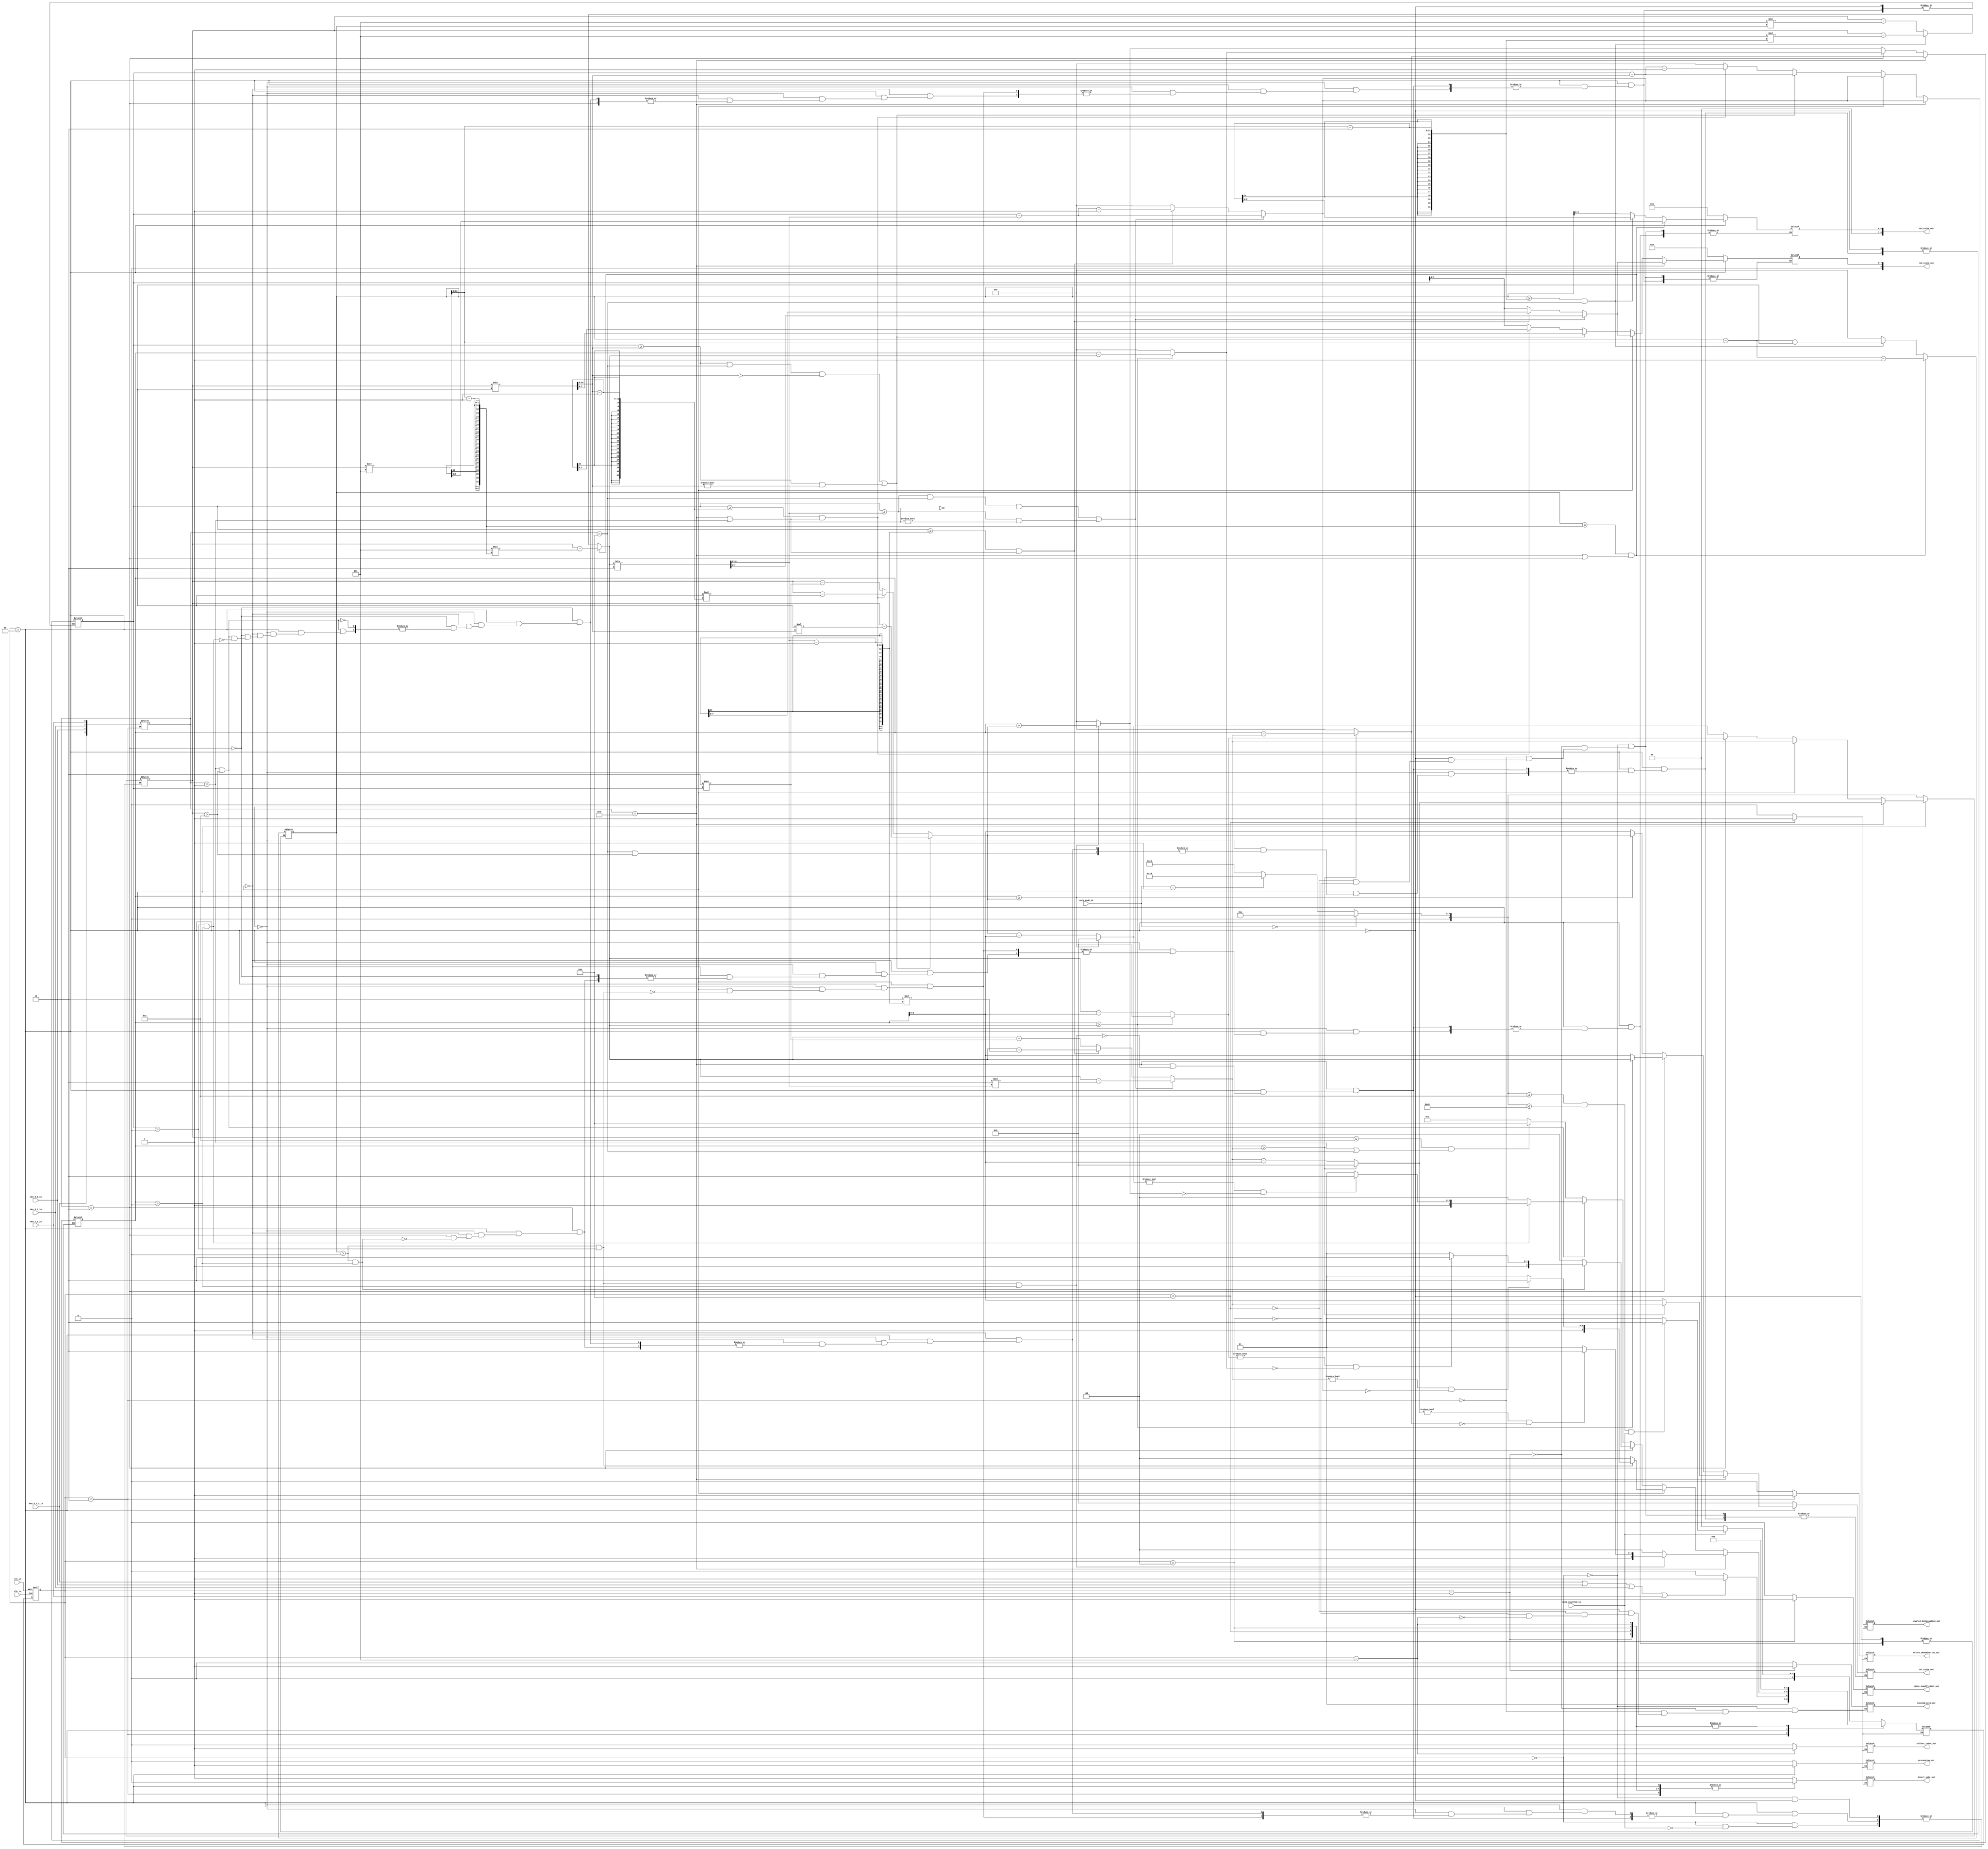
//			---------------------------- COIN DISPENSER DESIGN MODULE -----------------------------------

module coin_dispenser_fsm#(	parameter s_reset		= 3'd0,	//Parameter declaration and Assignment of States
				parameter s_invalid_note	= 3'd1,	// States are assigned using Binary code
				parameter s_sel_den		= 3'd2,
				parameter s_processing		= 3'd3,
				parameter s_invalid_denomination= 3'd4,
				parameter s_collect_coins	= 3'd5,
				parameter s_coins_insufficient 	= 3'd6)
			(output insert_note_out,			//Declaration of outputs
			 output [8:0]rs5_coins_out,
			 output [8:0]rs2_coins_out,
			 output [8:0]rs1_coins_out,
			 output invalid_note_out,
			 output select_denomination_out,
			 output invalid_denomination_out,
			 output processing_out,
			 output collect_coins_out,
			 output coins_insufficient_out,
			 input clk_in,					//Declaration of outputs
			 input rst_in,
			 input note_inserted_in,
			 input [2:0]note_code_in,
			 input den_5_2_1_in,
			 input den_5_2_in,
			 input den_5_1_in,
			 input den_2_1_in);
function [26:0]func_rs5;					// function defination of func_rs5
	input [3:0]den_code_func_rs5;				// Denomination selection code
	input [8:0]note_value_func_rs5;				// Note value
	input [10:0]rs5_coins_count_func_rs5;			// number of Rs.5 coins to dispense
	reg [10:0]quotient;					// declaration of required registers
	begin
		quotient = note_value_func_rs5/5;		// To find max number of Rs.5 coins to dispense for given note

		//if denomination is asked in terms of Rs.5, Rs.2 & Rs.1 or Rs.5 & Rs.1
		if(rs5_coins_count_func_rs5 >= (quotient - 1) && (den_code_func_rs5 == 4'b1000 || den_code_func_rs5 == 4'b0010))
		begin
			func_rs5[26:18] = (note_value_func_rs5 - (5*(quotient-1)));	// Leaves Rs.5 to dispense interms of Rs.2 & Rs.1
			func_rs5[17:11] = quotient -1;					// Number of Rs.5 coins to be dispensed
			func_rs5[10:0] = rs5_coins_count_func_rs5 - quotient -1;	// deducting dispensed coins from stack of Rs.5 coins	
		end

		//if denomination is asked in terms of Rs.5 & Rs.2
		else if((rs5_coins_count_func_rs5 >= (quotient - 2)) && den_code_func_rs5 == 4'b0100)
		begin
			func_rs5[26:18] = (note_value_func_rs5 - (5*(quotient - 2)));	// Leave Rs.10 to dispense interms of Rs.2
			func_rs5[17:11] = quotient  - 2;				// Number of Rs.5 coins to be dispensed
			func_rs5[10:0] = rs5_coins_count_func_rs5 - quotient - 2;	// deducting dispensed coins from stack of Rs.5 coins
		end

		// if rs.5 coins are insufficient to dispense max value of coins. Rest of the value needed to be given in denominations of Rs.2 or Rs.1
		else
		begin
			func_rs5[26:18] = (note_value_func_rs5 - (5 * rs5_coins_count_func_rs5));	// Leaves values based on available Rs.5 Coins
			func_rs5[17:11] = rs5_coins_count_func_rs5;					// dispenses all rest of rs.5 coins
			func_rs5[10:0] = 0;								// Stack of Rs.5 coins will be Zero
		end
	end
endfunction

function [27:0]func_rs2;
	input [3:0]den_code_func_rs2;				// Denomination selection code
	input [8:0]note_value_func_rs2;				// Note value
	input [10:0]rs2_coins_count_func_rs2;			// number of Rs.2 coins to dispense
	reg [10:0]quotient;					// declaration of required registers
	reg [10:0]rem;
	begin
		quotient= note_value_func_rs2/2;		// Finds max number of Rs.2 coins to dispense for given note
		rem = note_value_func_rs2/2;			// Finds any value remains, if max number of Rs.2 coins are dispensed based on note

		// if denomination is asked in Rs.5 & Rs.2 or if leaves any remainder after dispensing max number of Rs.2 coins
		if(((rs2_coins_count_func_rs2 >= quotient) && (den_code_func_rs2 == 4'b0100) && rem==0) || ((rs2_coins_count_func_rs2 >= quotient) && rem != 0))
		begin
			func_rs2[27:19] = (note_value_func_rs2 - (2*quotient));		// Leaves note_value to dispense in terms of Rs.1 if deomination not asked in Rs.5 & Rs.2
			func_rs2[18:11] = quotient;					// Number of Rs.2 coins to be dispensed
			func_rs2[10:0] = rs2_coins_count_func_rs2 - quotient;		// Deducting dispensed coins from stack of Rs.2 coins
		end

		// if denomination is asked in Rs.5, Rs.2 & Rs.1 or in Rs.2 & Rs.1
		else if(rs2_coins_count_func_rs2 >= (quotient-1) && (den_code_func_rs2 == 4'b1000 || den_code_func_rs2 == 4'b0001))
		begin
			func_rs2[27:19] = (note_value_func_rs2 - (2*(quotient-1)));	// Leave Rs.1 to dispense interms of Rs.1
			func_rs2[18:11] = quotient -1;					// Number of Rs.2 coins to be dispensed
			func_rs2[10:0] = rs2_coins_count_func_rs2 - quotient -1;	// Deducting dispensed coins from stack of Rs.2 coins
		end

		else
		// if rs.2 coins are insufficient to dispense max value of coins. Rest of the value needed to be given in denominations of Rs.1
		begin
			func_rs2[27:19] = (note_value_func_rs2 - (2 * rs2_coins_count_func_rs2));	// Leaves value based on available Rs.2 Coins
			func_rs2[18:11] = rs2_coins_count_func_rs2;					// dispenses all rest of Rs.2 coins
			func_rs2[10:0] = 0;								// Stack of Rs.2 coins will be Zero
		end
	end
endfunction

function [28:0]func_rs1;
	input [3:0]den_code_func_rs1;
	input [8:0]note_value_func_rs1;
	input [10:0]rs1_coins_count_func_rs1;

	//if number of Rs.1 coins in stack are sufficent to dispense rest of note value
	if(rs1_coins_count_func_rs1 >= note_value_func_rs1)
	begin
		func_rs1[28:20] = 0;							//Note value will be zero
		func_rs1[19:11] = note_value_func_rs1;					// Number of Rs.1 coins to be dispensed
		func_rs1[10:0] = rs1_coins_count_func_rs1 - note_value_func_rs1;	// Deducting dispensed coins from stack of Rs.1 coins
	end

	// if available Rs.1 coins are insufficient to dispense rest of note value
	else
	begin
		func_rs1[28:20] = note_value_func_rs1 - rs1_coins_count_func_rs1;	// Leave note value based on available Rs.1 coins
		func_rs1[19:11] = rs1_coins_count_func_rs1;				//Number of Rs.1 coins can be dispensed
		func_rs1[10:0] = 0;							// Stack of rs.1 coins will be Zero
	end 
endfunction

// Declaration of registers for output ports		
reg [8:0]note_value;
reg [3:0]den_code;
reg [6:0]rs5_coins;
reg [7:0]rs2_coins;
reg [8:0]rs1_coins;
reg insert_note,invalid_note,processing,collect_coins,coins_insufficient,select_denomination,invalid_denomination;
//Declaration of required registers
reg [2:0]ps,ns;			// ps - Present State, ns - Next State
reg [10:0]rs5_coins_count=500;	// Initialising stack of Rs.5 coins
reg [10:0]rs2_coins_count=500;	// Initialising stack of Rs.2 coins
reg [10:0]rs1_coins_count=500;	// Initialising stack of Rs.1 coins

// State Register
always@(posedge clk_in, negedge rst_in)
begin
	if(!rst_in)	ps<=s_reset;
	else		ps<=ns;
end

// Combinational Logic
always@(ps,note_inserted_in,note_code_in,den_5_2_1_in,den_5_2_in,den_5_1_in,den_2_1_in)
begin
	case(ps)
		s_reset:	begin						//Reset state
					rs5_coins		= 0;		// Assigning Values to outputs
					rs2_coins		= 0;
					rs1_coins		= 0;
					insert_note		= 1;		// Machine asks user to insert note
					invalid_note		= 0;
					select_denomination	= 0;
					processing		= 0;
					invalid_denomination	= 0;
					collect_coins		= 0;
					coins_insufficient	= 0;

				//if note is inserted by user into machine
					if(note_inserted_in == 1)		// Assiging different values for different note_codes
					begin								//	Code	-	Note value
						if(note_code_in == 000)		note_value = 10;	//	000	-	  Rs. 10
						else if(note_code_in == 001)	note_value = 20;	//	001	-	  Rs. 20
						else if(note_code_in == 010)	note_value = 50;	//	010	-	  Rs. 50
						else if(note_code_in == 011)	note_value = 100;	//	011	-	  Rs. 100
						else if(note_code_in == 100)	note_value = 200;	//	100	- 	  Rs. 200
						else				note_value = 201;	// rest of codes-	 > Rs.200

						// if note value is less than 200, then note is accepted and asks user fordenomination
							if(note_value >= 10 && note_value <= 200 && note_inserted_in==1)
								ns = s_sel_den;

						// if note value is greater than 200, then note is invalid
							else
								ns = s_invalid_note;
					end
				//if note is not inserted, machine will be in ready state still it receives a note
					else
						ns = s_reset;
			 	end
		s_invalid_note:	begin						// invalid note state
					rs5_coins		= 0;
					rs2_coins		= 0;
					rs1_coins		= 0;
					insert_note		= 0;
					invalid_note		= 1;		// Machine show invalid note, and return note back
					select_denomination	= 0;
					processing		= 0;
					invalid_denomination	= 0;
					collect_coins		= 0;
					coins_insufficient	= 0;
					ns=s_reset;				// After returning, Machine again goes to reset state resemble machine is ready
				end
		s_sel_den:	begin						// Denomination selection state
					rs5_coins		= 0;
					rs2_coins		= 0;
					rs1_coins		= 0;
					insert_note		= 0;
					invalid_note		= 0;
					select_denomination	= 1;		// if note is accepted, Machine asks for denomination selection
					processing		= 0;
					invalid_denomination	= 0;
					collect_coins		= 0;
					coins_insufficient	= 0;

					// Generation of code based on denimnation selection which will be make easy in further operations
					den_code = {den_5_2_1_in,den_5_2_in,den_5_1_in,den_2_1_in};

					// if any of denomination selected, Machine will go to processing state
					if(den_5_2_1_in== 1 || den_5_2_in == 1 || den_5_1_in == 1 || den_2_1_in == 1)
							ns=s_processing;

					// Machine will be asking for denomination selection until user selects denomination type.
					else
							ns=s_sel_den;
				end
		s_processing:	begin					// Processing State
					insert_note		= 0;
					invalid_note		= 0;
					select_denomination	= 0;
					processing		= 1;	// if user selects denomination, manchine acknowledge user - that it is processing.
					invalid_denomination	= 0;
					collect_coins		= 0;
					coins_insufficient	= 0;
					if(den_code == 4'b1000)		// if denomination asked in Rs.5, Rs.2 & Rs.1 coins
						begin
						//if machine has Rs.5, Rs.2 & Rs.1 coins
							if(rs5_coins_count > 0 && rs2_coins_count > 0 && rs1_coins_count > 0)
							begin
							// Invocation of Rs.5 Coins
								{note_value,rs5_coins,rs5_coins_count} = func_rs5(den_code,note_value,rs5_coins_count);
							// Invocation of Rs.2 Coins	
								{note_value,rs2_coins,rs2_coins_count} = func_rs2(den_code,note_value,rs2_coins_count);
							// Invocation of Rs.1 Coins
								{note_value,rs1_coins,rs1_coins_count} = func_rs1(den_code,note_value,rs1_coins_count);
								if(note_value != 0 && rs1_coins_count == 0)
									ns = s_coins_insufficient;
								else
									ns = s_collect_coins;
							end
						// if machine didn't have any of Rs.5, Rs.2, Rs.1 coins
							else
								ns = s_coins_insufficient;
						end
						else if(den_code == 4'b0100 && note_value > 10)	// if denomination asked in Rs.5 & Rs.2
						begin
							if(rs5_coins_count > 0 && rs2_coins_count >0)
							begin
							// Invocation of Rs.5 Coins
								{note_value,rs5_coins,rs5_coins_count} = func_rs5(den_code,note_value,rs5_coins_count);
							// Invocation of Rs.2 Coins
								{note_value,rs2_coins,rs2_coins_count} = func_rs2(den_code,note_value,rs2_coins_count);
								if(note_value != 0 && rs2_coins_count == 0)
									ns = s_coins_insufficient;
								else
									ns = s_collect_coins;
							end
						// if machine didn't have any of Rs.5, Rs.2 coins
							else
								ns = s_coins_insufficient;
						end
						else if(den_code == 4'b0010)			// if denomination asked in Rs.5 & Rs.1
						begin
							if(rs5_coins_count > 0 && rs1_coins_count > 0)
							begin
							// Invocation of Rs.5 Coins
								{note_value,rs5_coins,rs5_coins_count} = func_rs5(den_code,note_value,rs5_coins_count);
							// Invocation of Rs.1 Coins
								{note_value,rs1_coins,rs1_coins_count} = func_rs1(den_code,note_value,rs1_coins_count);
								if(note_value != 0 && rs1_coins_count == 0)
									ns = s_coins_insufficient;
								else
									ns = s_collect_coins;
							end
						// if machine didn't have any of Rs.5, Rs.1 coins
							else
								ns = s_coins_insufficient;
						end
						else if(den_code == 4'b0001 && note_value > 10)			// if denomination asked in Rs.2 & Rs.1
						begin
							if(rs2_coins_count > 0 && rs1_coins_count > 0)
							begin
							// Invocation of Rs.2 Coins
								{note_value,rs2_coins,rs2_coins_count} = func_rs2(den_code,note_value,rs2_coins_count);
							// Invocation of Rs.1 Coins
								{note_value,rs1_coins,rs1_coins_count} = func_rs1(den_code,note_value,rs1_coins_count);
								if(note_value != 0 && rs1_coins_count == 0)
									ns = s_coins_insufficient;
								else
									ns = s_collect_coins;
							end
						// if machine didn't have any of Rs.2, Rs.1 coins
							else
								ns = s_coins_insufficient;
						end
						else if(note_value <= 10 && (den_code == 4'b0001 || den_code == 4'b0100)) //if denomination asked in Rs.5 & rs.2 or Rs.2 & Rs.1 and note inserted is Rs.10
							ns=s_invalid_denomination;
						else
							ns=s_processing;
					end
		s_invalid_denomination:	begin					// Invalid denomination State
						rs5_coins		= 0;
						rs2_coins		= 0;
						rs1_coins		= 0;
						insert_note		= 0;
						invalid_note		= 0;
						select_denomination	= 0;
						processing		= 0;
						invalid_denomination	= 1;	// Asserts when denomination asked in Rs.5 & Rs.2 and note inserted is Rs.10
						collect_coins		= 0;
						coins_insufficient	= 0;
						ns = s_reset;
					end
		s_coins_insufficient:	begin					// Coins insufficient state
						rs5_coins		= 0;
						rs2_coins		= 0;
						rs1_coins		= 0;
						insert_note		= 0;
						invalid_note		= 0;
						select_denomination	= 0;
						processing		= 0;
						invalid_denomination	= 0;
						collect_coins		= 0;
						coins_insufficient	= 1;	// Asserts incase of insufficient coins
						ns = s_reset;
					end
		s_collect_coins:	begin					// Collect coins state		
						insert_note		= 0;
						invalid_note		= 0;
						select_denomination	= 0;
						processing		= 0;
						invalid_denomination	= 0;
						collect_coins		= 1;	// Asserts incase processing is completed and acknowlege user to collect coins
						coins_insufficient	= 0;
						ns=s_reset;
					end
	endcase
end
// Assign registers values to output ports
assign rs5_coins_out		= rs5_coins;
assign rs2_coins_out		= rs2_coins;
assign rs1_coins_out		= rs1_coins;
assign insert_note_out		= insert_note;
assign invalid_note_out		= invalid_note;
assign select_denomination_out	= select_denomination;
assign processing_out		= processing;
assign invalid_denomination_out	= invalid_denomination;
assign collect_coins_out	= collect_coins;
assign coins_insufficient_out	= coins_insufficient;
endmodule